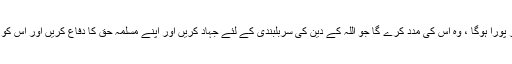
اللہ کا وعدہ کبھی بھی جھوٹا نہیں ہوسکتا ، وہ ضرور پورا ہوگا ، وہ اس کی مدد کرے گا جو اللہ کے دین کی سربلبندی کے لئے جہاد کریں اور اپنے مسلمہ حق کا دفاع کریں اور اس کو ضرور ذلیل کرے گا جس نے ظلم اور جبر کیا ہے ۔